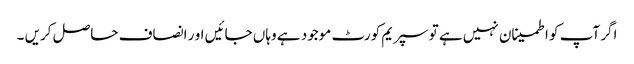
اگر آپ کو اطمینان نہیں ہے تو سپریم کورٹ موجود ہے وہاں جائیں او ر انصاف حاصل کریں ۔